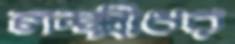
লক্ষ্মীধর